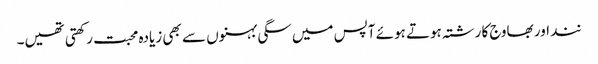
نند اور بھاوج کا رشتہ ہوتے ہوئے آپس میں سگی بہنوں سے بھی زیادہ محبت رکھتی تھیں۔